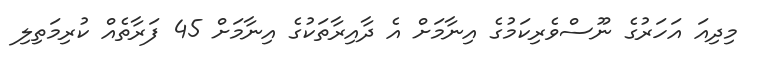
މިދިއަ އަހަރުގެ ނޫސްވެރިކަމުގެ އިނާމަށް އެ ދާއިރާތަކުގެ އިނާމަށް 45 ފަރާތެއް ކުރިމަތިލި